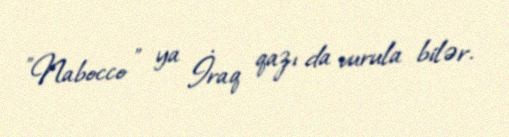
”Nabocco ” ya İraq qazı da vurula bilər.